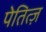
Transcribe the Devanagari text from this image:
पेतित्ज़